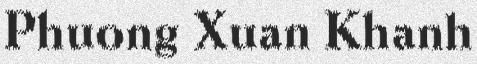
Phuong Xuan Khanh